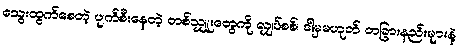
သွေးထွက်စေတဲ့ ပျက်စီးနေတဲ့ တစ်သျှူးတွေကို လျှပ်စစ်၊ ဒါမှမဟုတ် တခြားနည်းများနဲ့